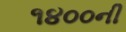
૧૪૦૦ની